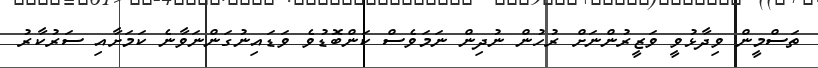
ތަސްމީން ވިދާޅުވީ ވަޒީރުންނަށް ރުހުން ނުދިން ނަމަވެސް ކަންބޮޑުވެ ވަޑައިނުގަންނަވާނެ ކަމަށާއި ސަރުކާރު